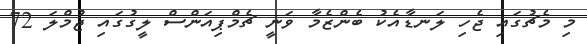
މި މެޗުގައި ޖެހި ލަނޑާއެކު ބެންޒެމާ ވަނީ ޗެމްޕިއަންސް ލީގުގައި ޖުމްލަ 72